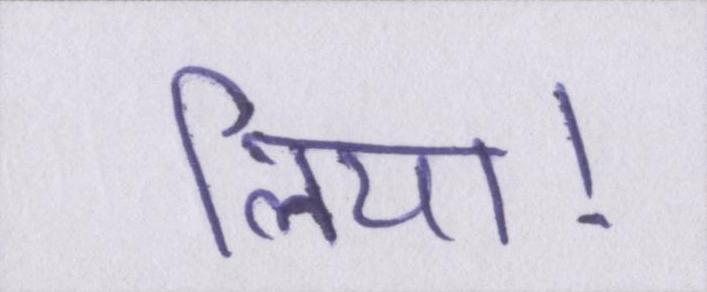
लिया।